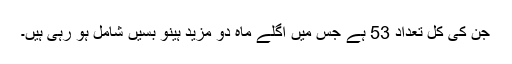
جن کی کل تعداد 53 ہے جس میں اگلے ماہ دو مزید ہینو بسیں شامل ہو رہی ہیں۔